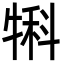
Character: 犐